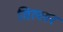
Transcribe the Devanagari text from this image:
विल्लर